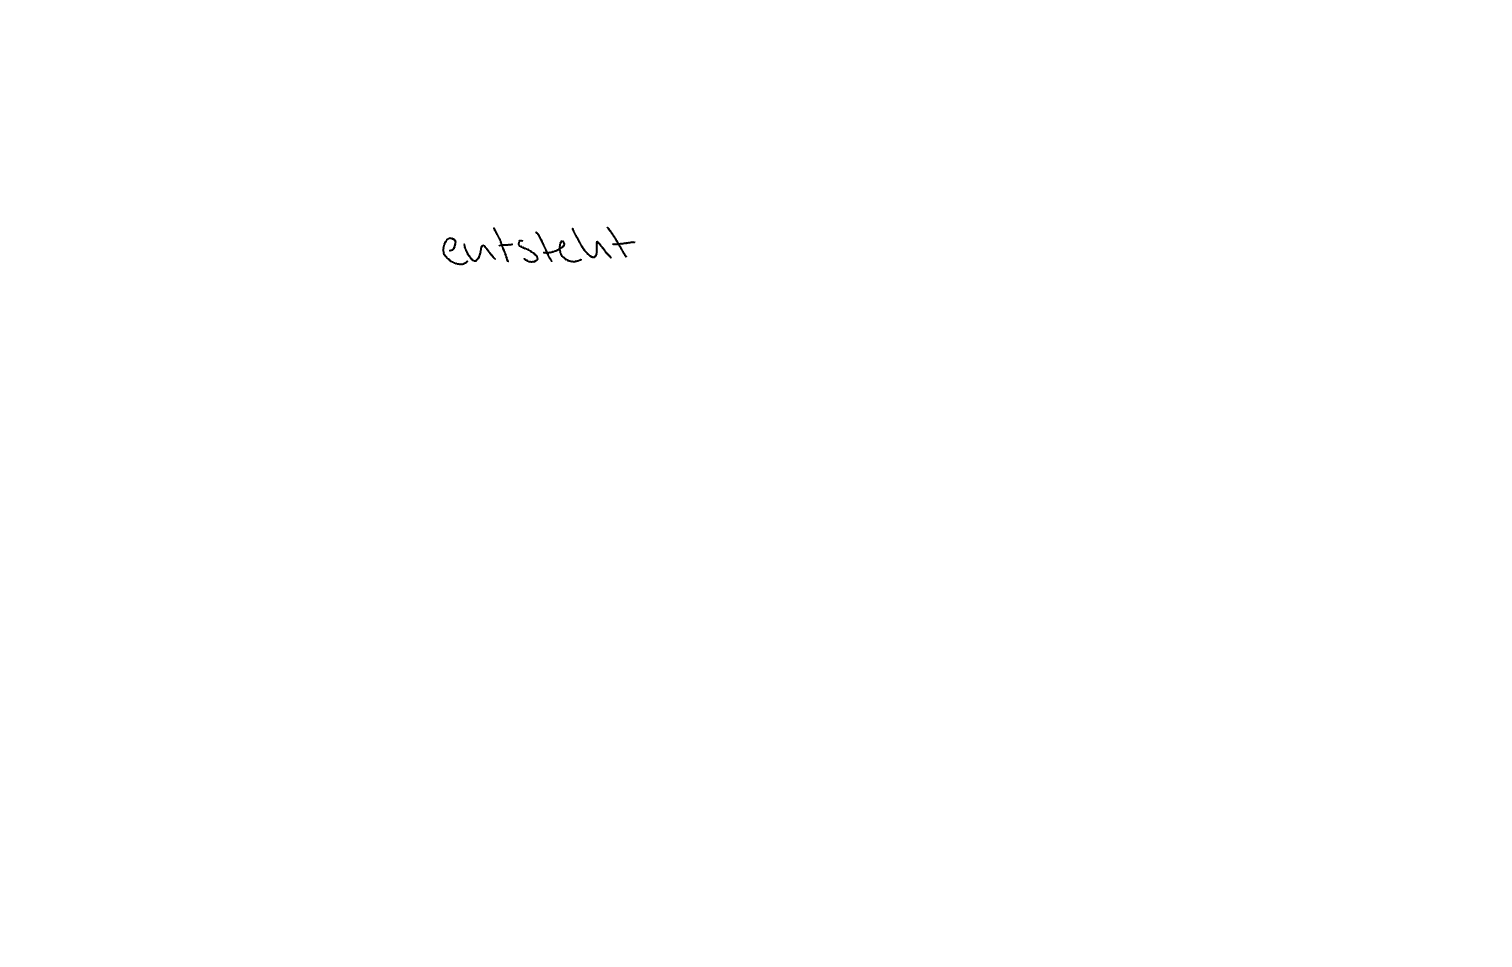
Text: entsteht